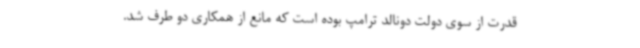
قدرت از سوی دولت دونالد ترامپ بوده است که مانع از همکاری دو طرف شد.